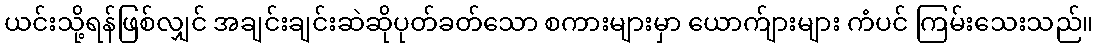
ယင်းသို့ရန်ဖြစ်လျှင် အချင်းချင်းဆဲဆိုပုတ်ခတ်သော စကားများမှာ ယောက်ျားများ ကံပင် ကြမ်းသေးသည်။